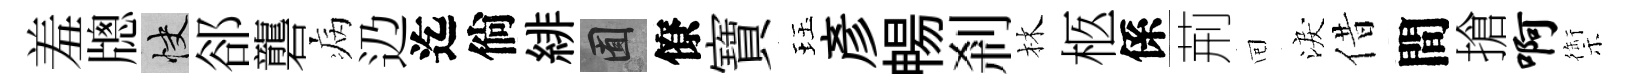
羞牕快郤礱病辸迄倘緋囿僚寶珏彥暢剎林柩係荊囘淚借間搶啊禦